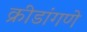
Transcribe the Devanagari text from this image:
क्रीडांगणे